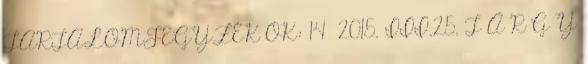
TARTALOMJEGYZÉK OK: 14 2015. III.25. T Á R G Y